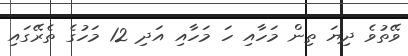
ވޭތުވެ ދިޔަ ތިން މަހާއި ހަ މަހާއި އަދި 12 މަހުގެ ތެރޭގައި